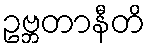
ဥဗ္ဘတာနီတိ